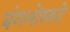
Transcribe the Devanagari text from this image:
बंगलोरकडे